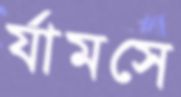
র্যামসে